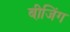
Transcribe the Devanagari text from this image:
बीजि़ंग